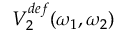
V _ { 2 } ^ { d e f } ( \omega _ { 1 } , \omega _ { 2 } )